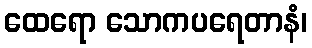
ထေရော သောကပရေတာနံ၊